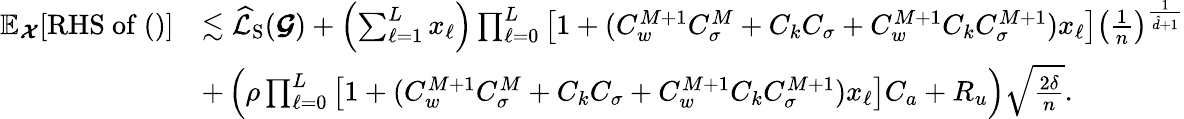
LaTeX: \begin{array}{rl}{\mathbb{E}_{\boldsymbol{\mathcal{X}}}[\mathrm{RHS~of~()}]}&{\lesssim\widehat{\mathcal{L}}_{\mathrm{S}}(\boldsymbol{\mathcal{G}})+\left(\sum_{\ell=1}^{L}x_{\ell}\right)\prod_{\ell=0}^{L}\left[1+(C_{w}^{M+1}C_{\sigma}^{M}+C_{k}C_{\sigma}+C_{w}^{M+1}C_{k}C_{\sigma}^{M+1})x_{\ell}\right]\left(\frac{1}{n}\right)^{\frac{1}{\hat{d}+1}}}\\ &{+\left(\rho\prod_{\ell=0}^{L}\left[1+(C_{w}^{M+1}C_{\sigma}^{M}+C_{k}C_{\sigma}+C_{w}^{M+1}C_{k}C_{\sigma}^{M+1})x_{\ell}\right]C_{a}+R_{u}\right)\sqrt{\frac{2\delta}{n}}.}\end{array}